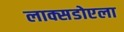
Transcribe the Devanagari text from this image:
लाक्सडोएला